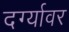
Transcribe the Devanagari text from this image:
दर्ग्यावर